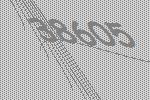
38605